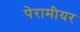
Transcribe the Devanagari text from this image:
पेरामीयर